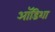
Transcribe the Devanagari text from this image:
ऑडिशा